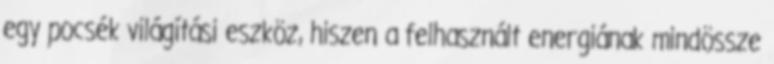
egy pocsék világítási eszköz, hiszen a felhasznált energiának mindössze